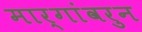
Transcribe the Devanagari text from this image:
मार्गांवरुन